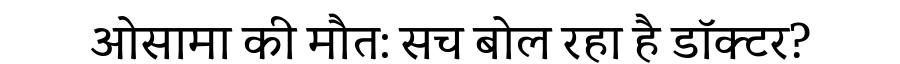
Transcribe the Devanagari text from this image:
ओसामा की मौत: सच बोल रहा है डॉक्टर?